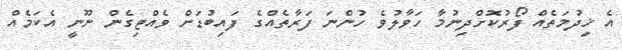
އެ ޚިދުމަތެއް ފޯރުކޮށްދިނުމާ ހަވާލުވެ ހުންނަ ފަރާތެއްގެ ފައިބުޑަށް ވެއްޓިގެން ނޫނީ އެކަމެއް